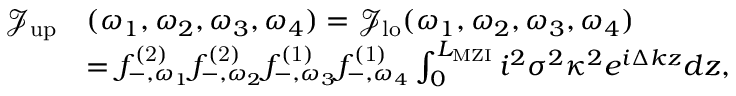
\begin{array} { r l } { \mathcal { J } _ { \mathrm { u p } } } & { ( \omega _ { 1 } , \omega _ { 2 } , \omega _ { 3 } , \omega _ { 4 } ) = \mathcal { J } _ { \mathrm { l o } } ( \omega _ { 1 } , \omega _ { 2 } , \omega _ { 3 } , \omega _ { 4 } ) } \\ & { = { f } _ { - , \omega _ { 1 } } ^ { \mathrm { ( 2 ) } } { f } _ { - , \omega _ { 2 } } ^ { \mathrm { ( 2 ) } } { f } _ { - , \omega _ { 3 } } ^ { \mathrm { ( 1 ) } } { f } _ { - , \omega _ { 4 } } ^ { \mathrm { ( 1 ) } } \int _ { 0 } ^ { L _ { \mathrm { M Z I } } } i ^ { 2 } \sigma ^ { 2 } \kappa ^ { 2 } e ^ { i \Delta k z } d z , } \end{array}